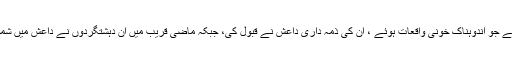
حال ہی میں پاکستان اور افغانستان میں دہشت گردی کے جو اندوہناک خونی واقعات ہوئے ، ان کی ذمہ داری داعش نے قبول کی، جبکہ ماضی قریب میں ان دہشتگردوں نے داعش میں شمولیت کا اعلان کیا تھا کہ جو بھارت کے زیراثر تھے۔